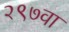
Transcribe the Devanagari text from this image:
२९७वा